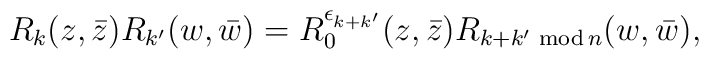
{R}_k(z,\bar z){R}_{k^\prime}(w,\bar w)={R}_0^{\epsilon_{k+k^\prime}}(z,\bar z){R}_{k+k^\prime \,\, {\rm mod} \, n}(w,\bar w),